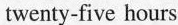
twenty-five hours